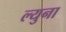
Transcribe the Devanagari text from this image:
ल्युना